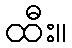
ထီး။